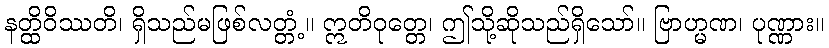
နတ္ထိဝိဿတိ၊ ရှိသည်မဖြစ်လတ္တံ့။ ဣတိဝုတ္တေ၊ ဤသို့ဆိုသည်ရှိသော်။ ဗြာဟ္မဏ၊ ပုဏ္ဏား။